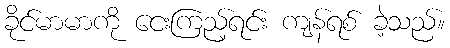
ခိုင်မာမာကို ငေးကြည့်ရင်း ကျန်ရစ် ခဲ့သည်။